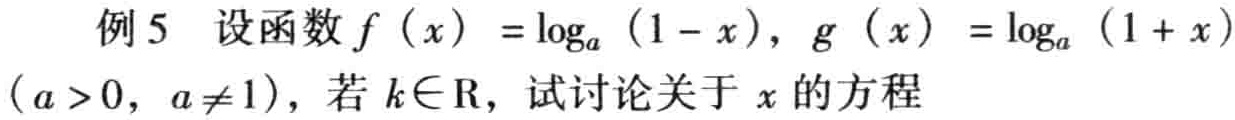
例5 设函数\(f(x)=\log_{a}(1 - x)\)，\(g(x)=\log_{a}(1 + x)\)（\(a>0\)，\(a\neq1\)），若\(k\in\mathrm{R}\)，试讨论关于\(x\)的方程